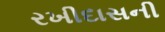
રખીદાસની